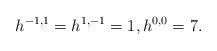
LaTeX: \begin{align*}h^{-1,1}=h^{1,-1} = 1, h^{0,0} = 7.\end{align*}